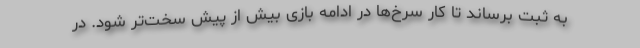
به ثبت برساند تا کار سرخ‌ها در ادامه بازی بیش از پیش سخت‌تر شود. در